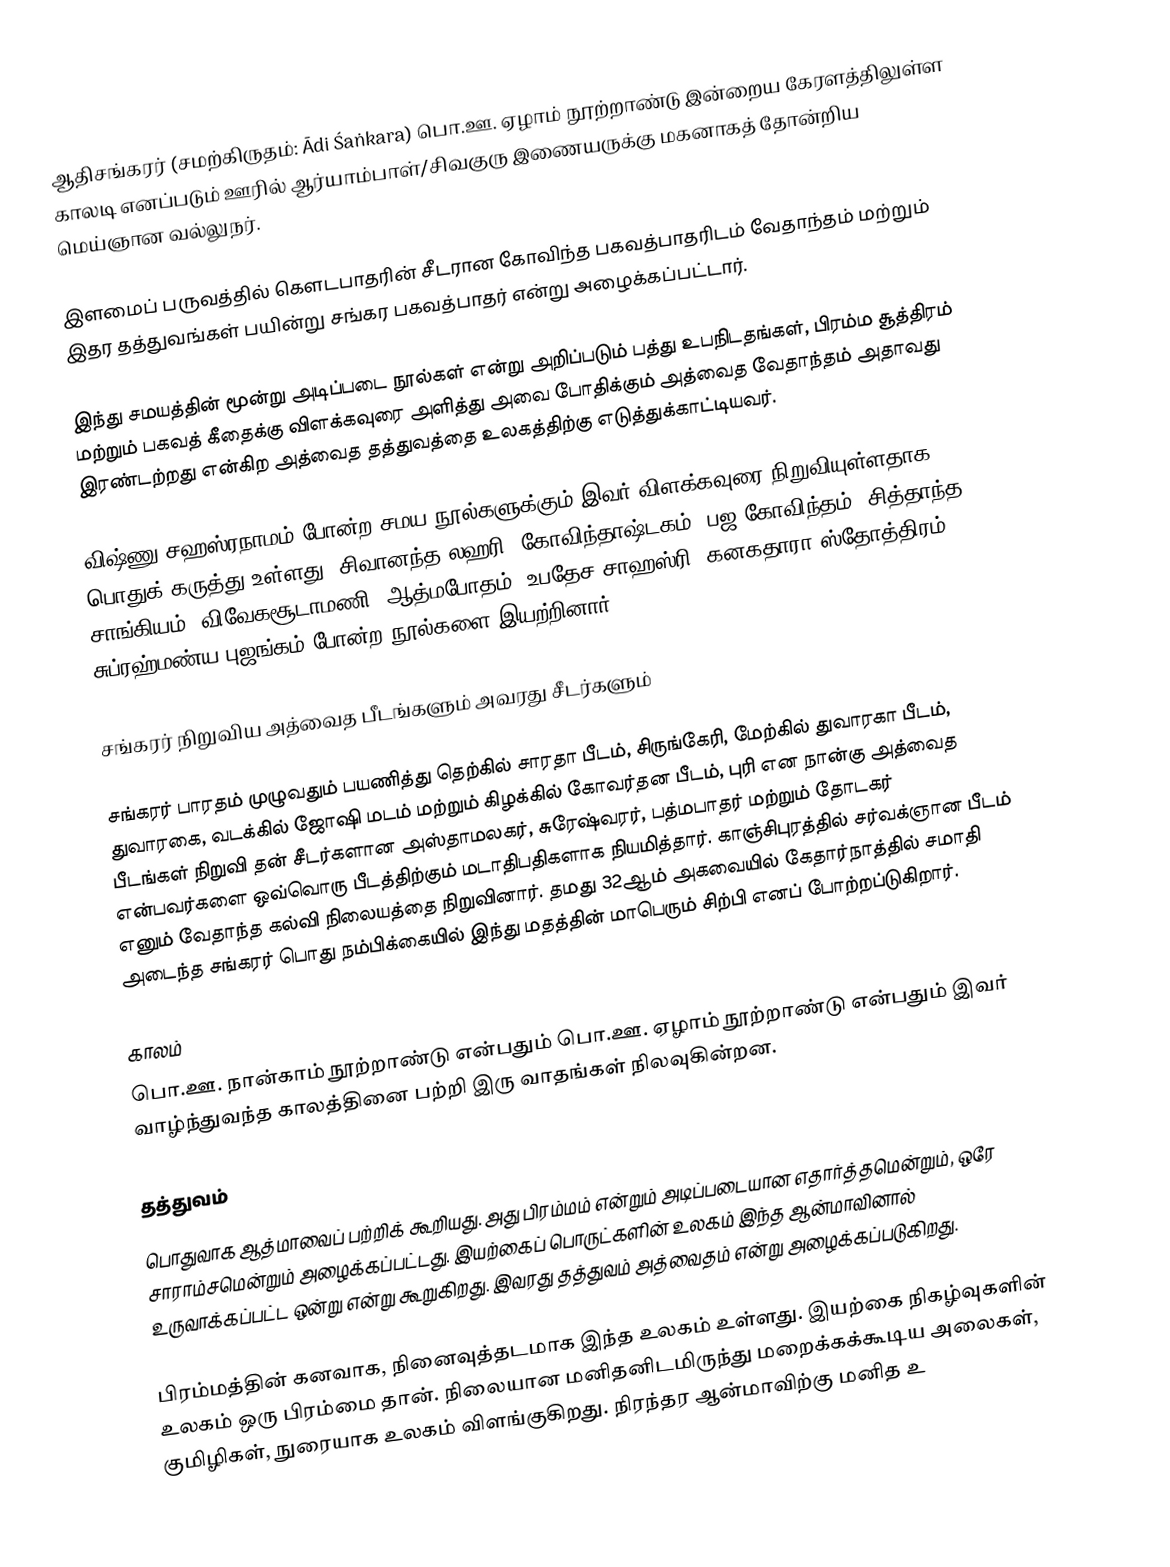
ஆதிசங்கரர் (சமற்கிருதம்: Ādi Śaṅkara) பொ.ஊ. ஏழாம் நூற்றாண்டு இன்றைய கேரளத்திலுள்ள காலடி எனப்படும் ஊரில் ஆர்யாம்பாள்/சிவகுரு இணையருக்கு மகனாகத் தோன்றிய மெய்ஞான வல்லுநர்.

இளமைப் பருவத்தில் கௌடபாதரின் சீடரான கோவிந்த பகவத்பாதரிடம் வேதாந்தம் மற்றும் இதர தத்துவங்கள் பயின்று சங்கர பகவத்பாதர் என்று அழைக்கப்பட்டார்.

இந்து சமயத்தின் மூன்று அடிப்படை நூல்கள் என்று அறிப்படும் பத்து உபநிடதங்கள், பிரம்ம சூத்திரம் மற்றும் பகவத் கீதைக்கு விளக்கவுரை அளித்து அவை போதிக்கும் அத்வைத வேதாந்தம் அதாவது இரண்டற்றது என்கிற அத்வைத தத்துவத்தை உலகத்திற்கு எடுத்துக்காட்டியவர்.

விஷ்ணு சஹஸ்ரநாமம் போன்ற சமய நூல்களுக்கும் இவர் விளக்கவுரை நிறுவியுள்ளதாக பொதுக் கருத்து உள்ளது. சிவானந்த லஹரி, கோவிந்தாஷ்டகம், பஜ கோவிந்தம், சித்தாந்த சாங்கியம்,  விவேகசூடாமணி, ஆத்மபோதம், உபதேச சாஹஸ்ரி, கனகதாரா ஸ்தோத்திரம், சுப்ரஹ்மண்ய புஜங்கம் போன்ற நூல்களை இயற்றினார்.

சங்கரர் நிறுவிய அத்வைத பீடங்களும் அவரது சீடர்களும்

சங்கரர் பாரதம் முழுவதும் பயணித்து தெற்கில் சாரதா பீடம், சிருங்கேரி, மேற்கில் துவாரகா பீடம், துவாரகை, வடக்கில் ஜோஷி மடம் மற்றும் கிழக்கில் கோவர்தன பீடம், புரி என நான்கு அத்வைத பீடங்கள் நிறுவி தன் சீடர்களான அஸ்தாமலகர், சுரேஷ்வரர், பத்மபாதர் மற்றும் தோடகர் என்பவர்களை ஒவ்வொரு பீடத்திற்கும் மடாதிபதிகளாக நியமித்தார். காஞ்சிபுரத்தில் சர்வக்ஞான பீடம் எனும் வேதாந்த கல்வி நிலையத்தை நிறுவினார். தமது 32ஆம் அகவையில் கேதார்நாத்தில் சமாதி அடைந்த சங்கரர் பொது நம்பிக்கையில் இந்து மதத்தின் மாபெரும் சிற்பி எனப் போற்றப்டுகிறார்.

காலம்
பொ.ஊ. நான்காம் நூற்றாண்டு என்பதும் பொ.ஊ. ஏழாம் நூற்றாண்டு என்பதும் இவர் வாழ்ந்துவந்த காலத்தினை பற்றி இரு வாதங்கள் நிலவுகின்றன.

தத்துவம்
பொதுவாக ஆத்மாவைப் பற்றிக் கூறியது. அது பிரம்மம் என்றும் அடிப்படையான எதார்த்தமென்றும், ஒரே சாராம்சமென்றும் அழைக்கப்பட்டது. இயற்கைப் பொருட்களின் உலகம் இந்த ஆன்மாவினால் உருவாக்கப்பட்ட ஒன்று என்று கூறுகிறது. இவரது தத்துவம் அத்வைதம் என்று அழைக்கப்படுகிறது.

பிரம்மத்தின் கனவாக, நினைவுத்தடமாக இந்த உலகம் உள்ளது. இயற்கை நிகழ்வுகளின் உலகம் ஒரு பிரம்மை தான். நிலையான மனிதனிடமிருந்து மறைக்கக்கூடிய அலைகள், குமிழிகள், நுரையாக உலகம் விளங்குகிறது. நிரந்தர ஆன்மாவிற்கு மனித உ